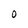
Character: O